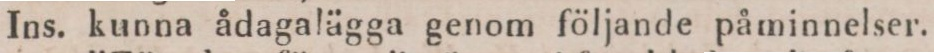
Ins. kunna ådagalägga genom följande påminnelser.